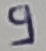
Text: 9